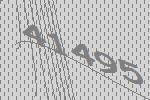
41495